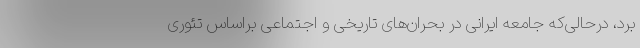
برد، درحالی‌که جامعه ایرانی در بحران‌های تاریخی و اجتماعی براساس تئوری